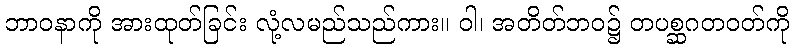
ဘာဝနာကို အားထုတ်ခြင်း လုံ့လမည်သည်ကား။ ဝါ၊ အတိတ်ဘဝ၌ တပစ္ဆဂတဝတ်ကို